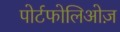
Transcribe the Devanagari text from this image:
पोर्टफोलिओज़